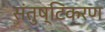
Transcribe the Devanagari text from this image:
संतुष्टिकरण